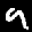
Label: 9